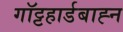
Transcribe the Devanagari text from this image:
गॉट्टहार्डबाह्न